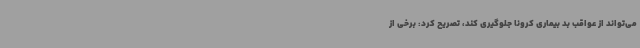
می‌تواند از عواقب بد بیماری کرونا جلوگیری کند، تصریح کرد: برخی از